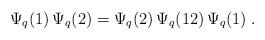
LaTeX: \begin{align*}\Psi_q(1)\, \Psi_q(2) =\Psi_q(2)\, \Psi_q(12) \, \Psi_q(1) \;.\end{align*}